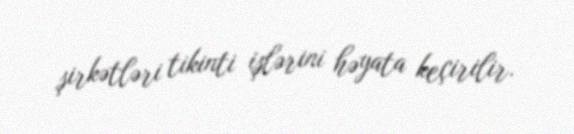
şirkətləri tikinti işlərini həyata keçirilir.